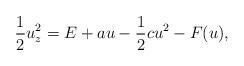
LaTeX: \begin{align*}\frac{1}{2}u_z^2=E+au-\frac{1}{2}cu^2-F(u),\end{align*}